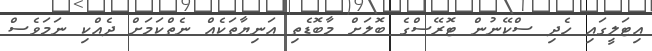
އިޓަލީގައި ހެދި ސްކޭނުން ޓޮރޭސްގެ ބޮލަށް މާބޮޑެތި އަނިޔާތަކެއް ނެތްކަމަށް ދެއްކި ނަމަވެސް